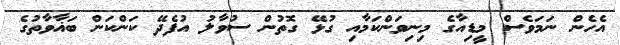
އެހެން ނަމަވެސް މީޑިއާގެ މިނިވަންކަމާއި ގުޅޭ ގޮތުން ސުވާލު އުފެދޭ ކަންކަން ބަޣާވާތުގެ